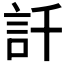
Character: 𲁢